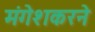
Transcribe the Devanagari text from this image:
मंगेशकरने